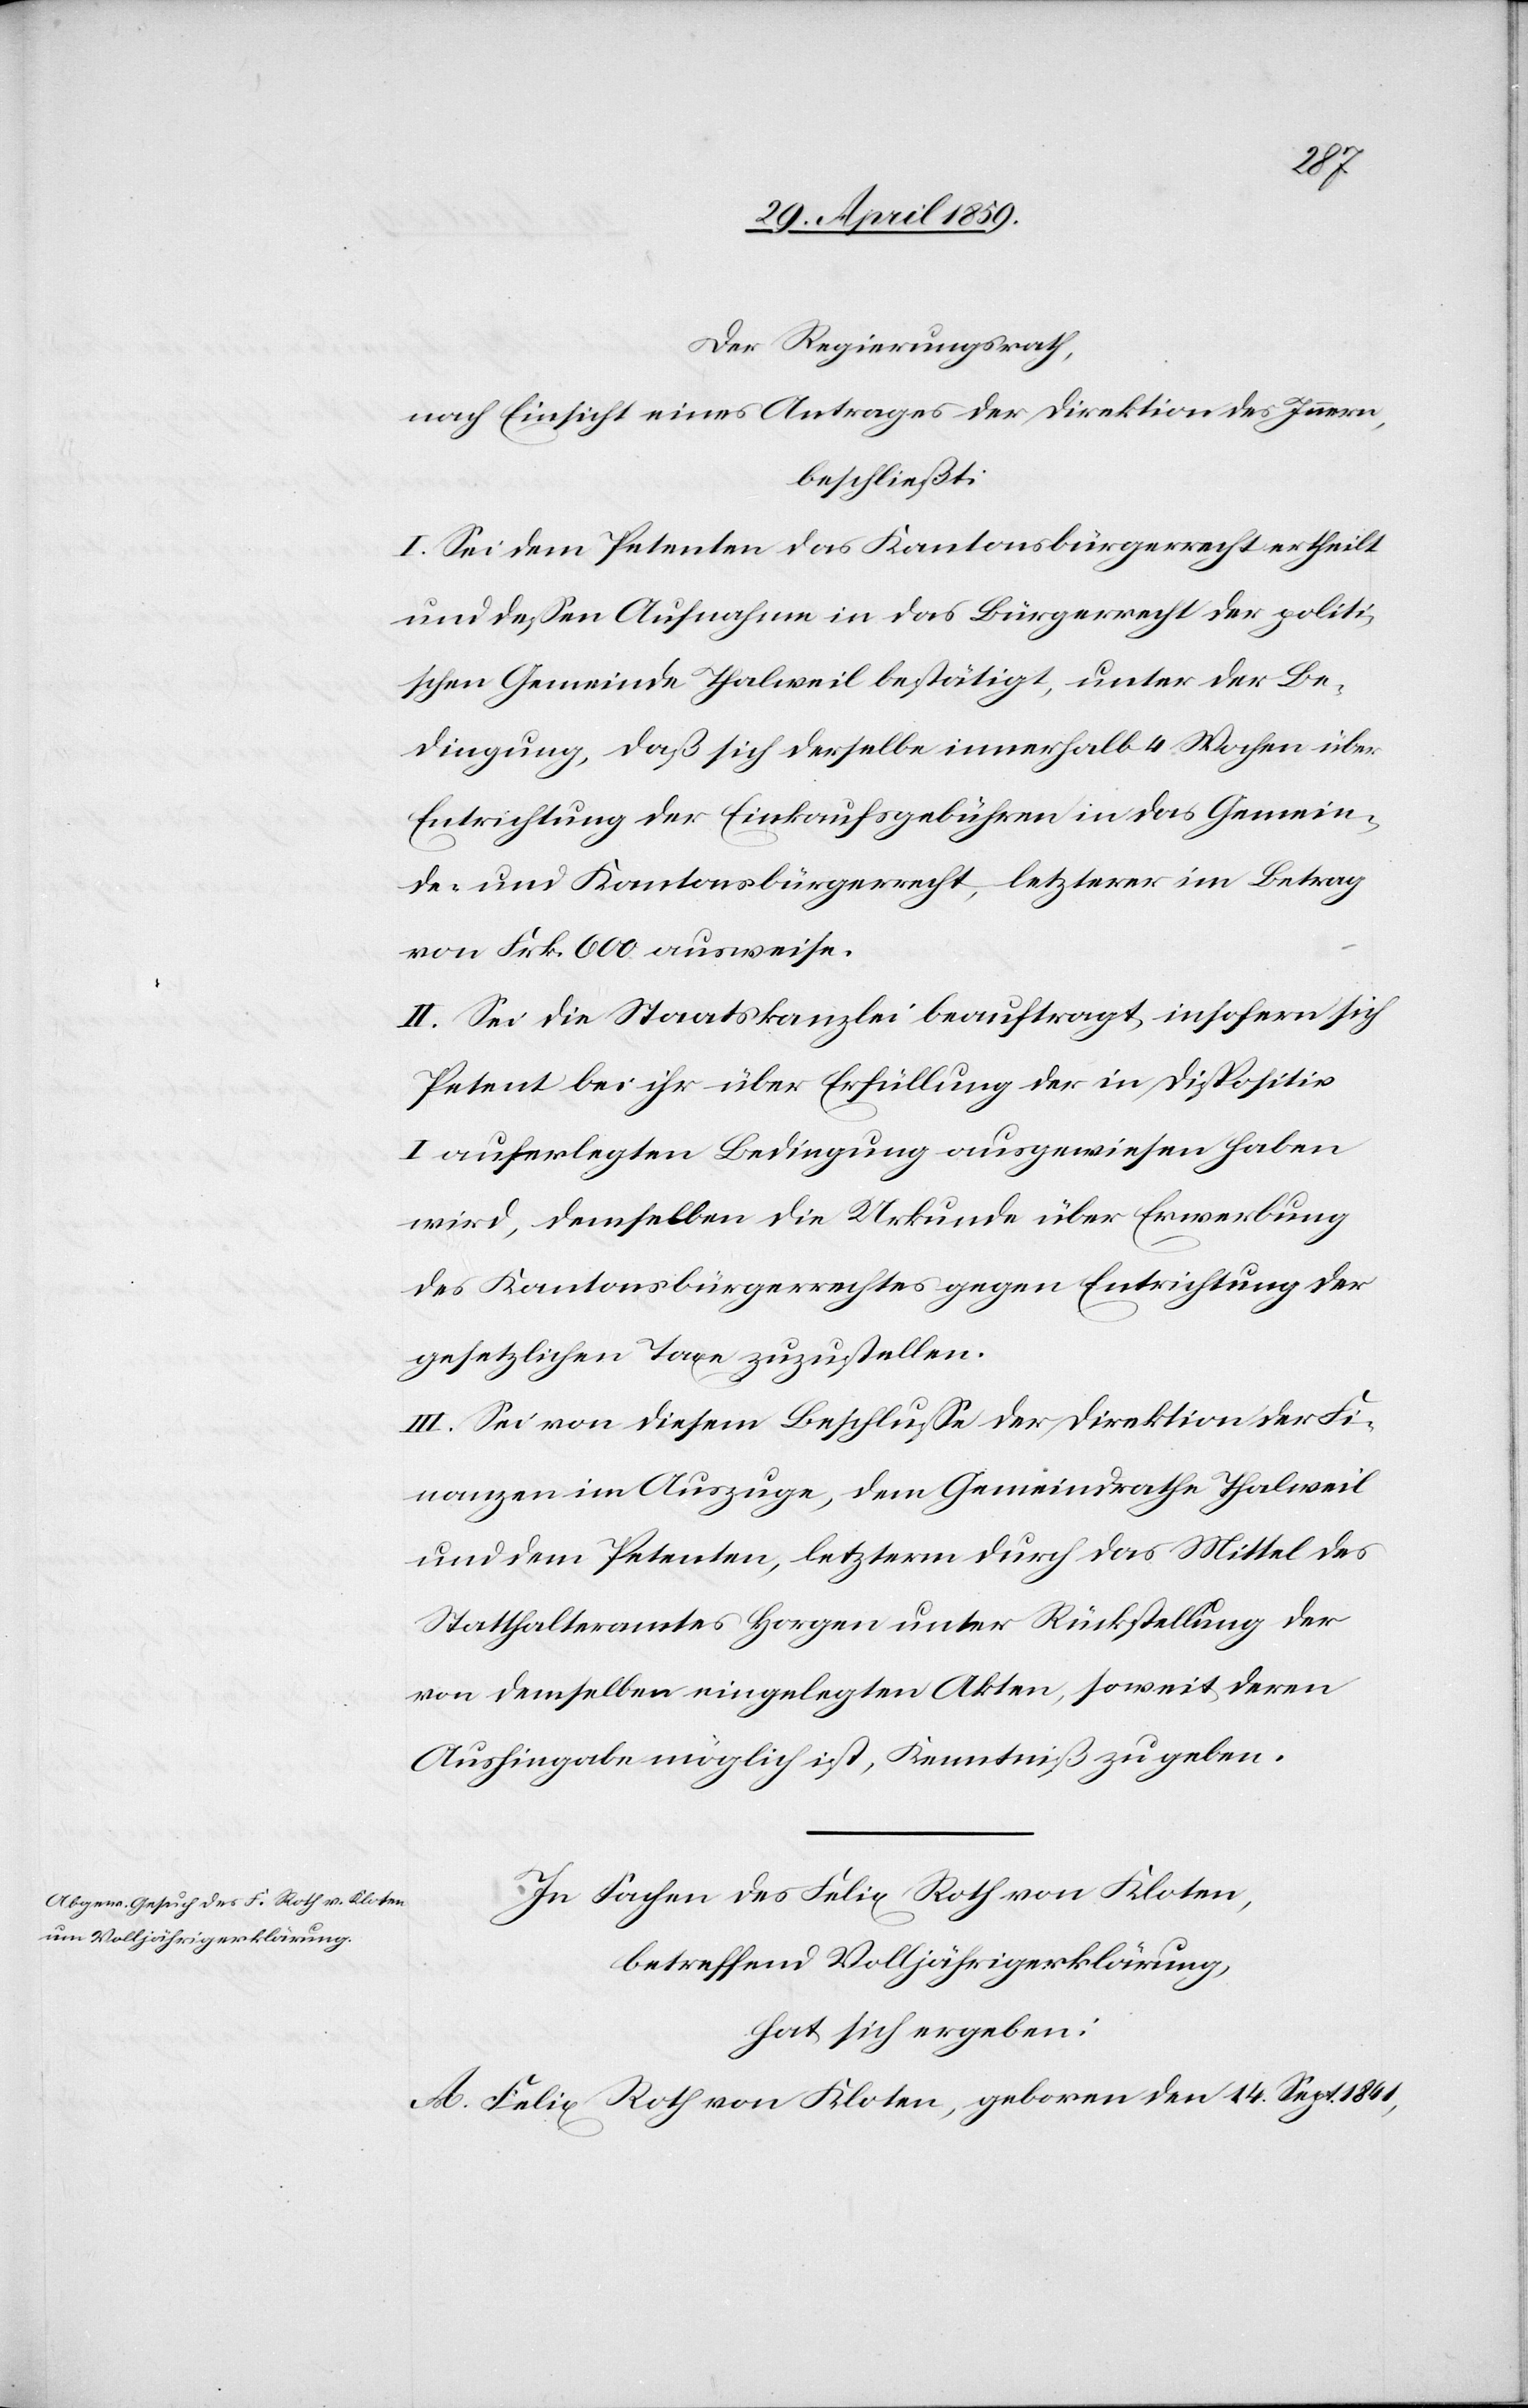
Der Regierungsrath,
nach Einsicht eines Antrages der Direktion des Innern,
beschließt:
I. Sei dem Petenten das Kantonsbürgerrecht ertheilt
und deßen Aufnahme in das Bürgerrecht der politi¬
schen Gemeinde Thalweil bestätigt, unter der Be¬
dingung, daß sich derselbe innerhalb 4 Wochen über
Entrichtung der Einkaufsgebühren in das Gemein¬
de- und Kantonsbürgerrecht, letzterer im Betrag
von Frk. 600 ausweise.
II. Sei die Staatskanzlei beauftragt, insofern sich
Petent bei ihr über Erfüllung der in Dispositiv
I auferlegten Bedingung ausgewiesen haben
wird, demselben die Urkunde über Erwerbung
des Kantonsbürgerrechtes gegen Entrichtung der
gesetzlichen Taxe zuzustellen.
III. Sei von diesem Beschluße der Direktion der Fi¬
nanzen im Auszuge, dem Gemeindrathe Thalweil
und dem Petenten, letzterm durch das Mittel des
Statthalteramtes Horgen unter Rückstellung der
von demselben eingelegten Akten, soweit deren
Aushingabe möglich ist, Kenntniß zu geben.
In Sachen des Felix Roth von Kloten,
betreffend Volljährigerklärung,
hat sich ergeben:
A. Felix Roth von Kloten, geboren den 14. Sept. 1841,